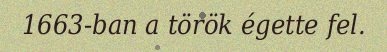
1663-ban a török égette fel.